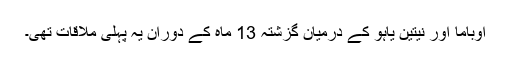
اوباما اور نیتین یاہو کے درمیان گزشتہ 13 ماہ کے دوران یہ پہلی ملاقات تھی۔